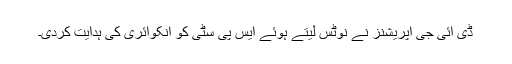
ڈی آئی جی آپریشنز نے نوٹس لیتے ہوئے ایس پی سٹی کو انکوائری کی ہدایت کردی۔